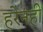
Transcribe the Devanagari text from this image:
हरेनहीं